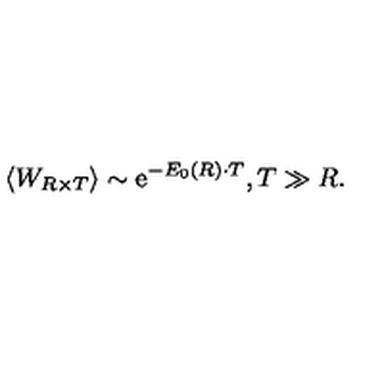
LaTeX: \left< W _ { R \times T } \right> \sim \mathrm { e } ^ { - E _ { 0 } ( R ) \cdot T } , T \gg R .